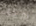
هنا